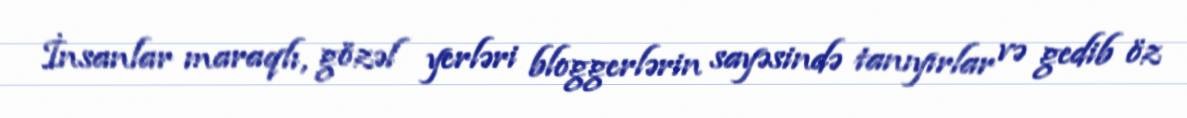
İnsanlar maraqlı, gözəl yerləri bloggerlərin sayəsində tanıyırlar və gedib öz